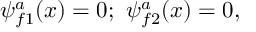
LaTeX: \psi _ { f 1 } ^ { a } ( x ) = 0 ; \ \psi _ { f 2 } ^ { a } ( x ) = 0 ,